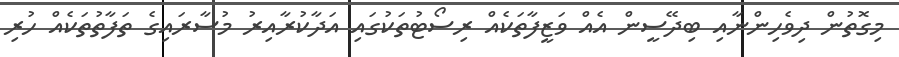
މިގޮތުން ދިވެހިންނާއި ބިދޭސީން އެއް ވަޒީފާތަކެއް ރިސޯޓުތަކުގައި އަދާކުރާއިރު މުސާރައިގެ ތަފާތުތަކެއް ހުރި